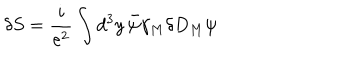
\delta S = \frac { i } { e ^ { 2 } } \int d ^ { 3 } y \, \bar { \psi } \gamma _ { M } \delta D _ { M } \psi